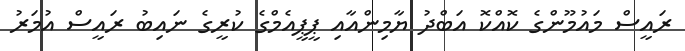
ރައީސް މައުމޫންގެ ކޮއްކޮ އަބްދު ޔާމިންއާއި ޕީޕީއެމްގެ ކުރީގެ ނައިބު ރައީސް އުމަރު